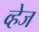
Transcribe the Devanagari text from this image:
व्हेज